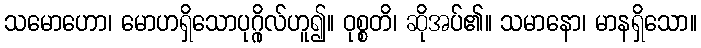
သမောဟော၊ မောဟရှိသောပုဂ္ဂိုလ်ဟူ၍။ ဝုစ္စတိ၊ ဆိုအပ်၏။ သမာနော၊ မာနရှိသော။